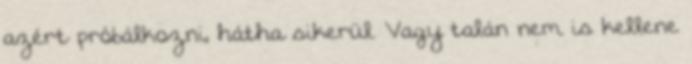
azért próbálkozni, hátha sikerül. Vagy talán nem is kellene